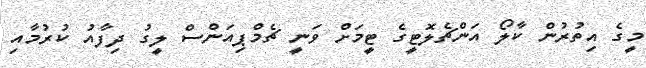
މީގެ އިތުރުން ކާލޯ އަންޗެލޮޓީގެ ޓީމަށް ވަނީ ޗެމްޕިއަންސް ލީގު ދިފާއު ކުރުމާއި